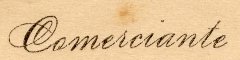
Comeiciante